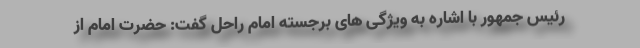
رئیس جمهور با اشاره به ویژگی های برجسته امام راحل گفت: حضرت امام از